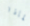
لماذا